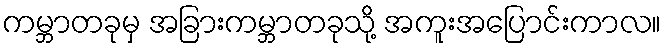
ကမ္ဘာတခုမှ အခြားကမ္ဘာတခုသို့ အကူးအပြောင်းကာလ။